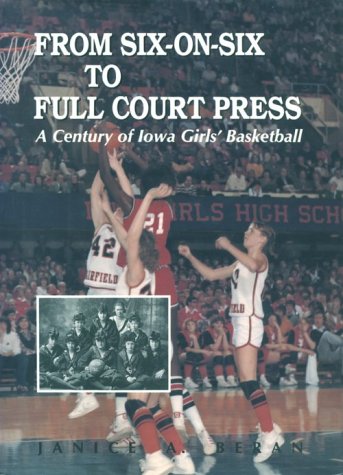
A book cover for From Six-On-Six to Full Court Press: A Century of Iowa Girls' Basketball; Janice Beran; Sports & Outdoors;